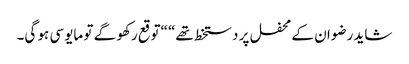
شاید رضوان کے محفل پر دستخط تھے“ “توقع رکھو گے تو مایوسی ہو گی۔